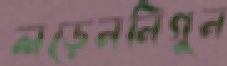
লড়েননিগুন